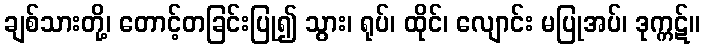
ချစ်သားတို့၊ တောင့်တခြင်းပြု၍ သွား၊ ရုပ်၊ ထိုင်၊ လျောင်း မပြုအပ်၊ ဒုက္ကဋ်။